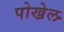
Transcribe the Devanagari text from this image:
पोख्रेल